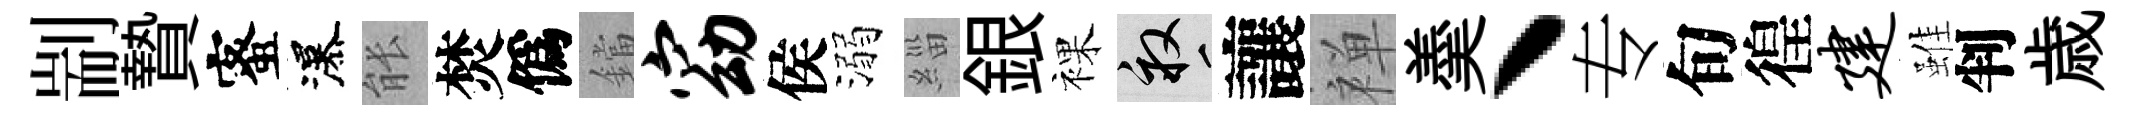
剬贄蜜瀑䏻焚僞鐺窈侯溺緇銀裸畝讓禅羮丶专旬徨建雖判歳